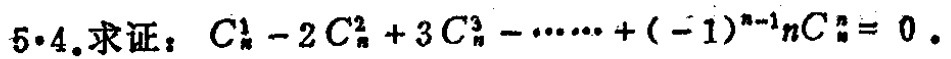
$5\cdot4.求证：C_{n}^{1}-2C_{n}^{2}+3C_{n}^{3}-\cdots+(-1)^{n - 1}nC_{n}^{n}=0.$